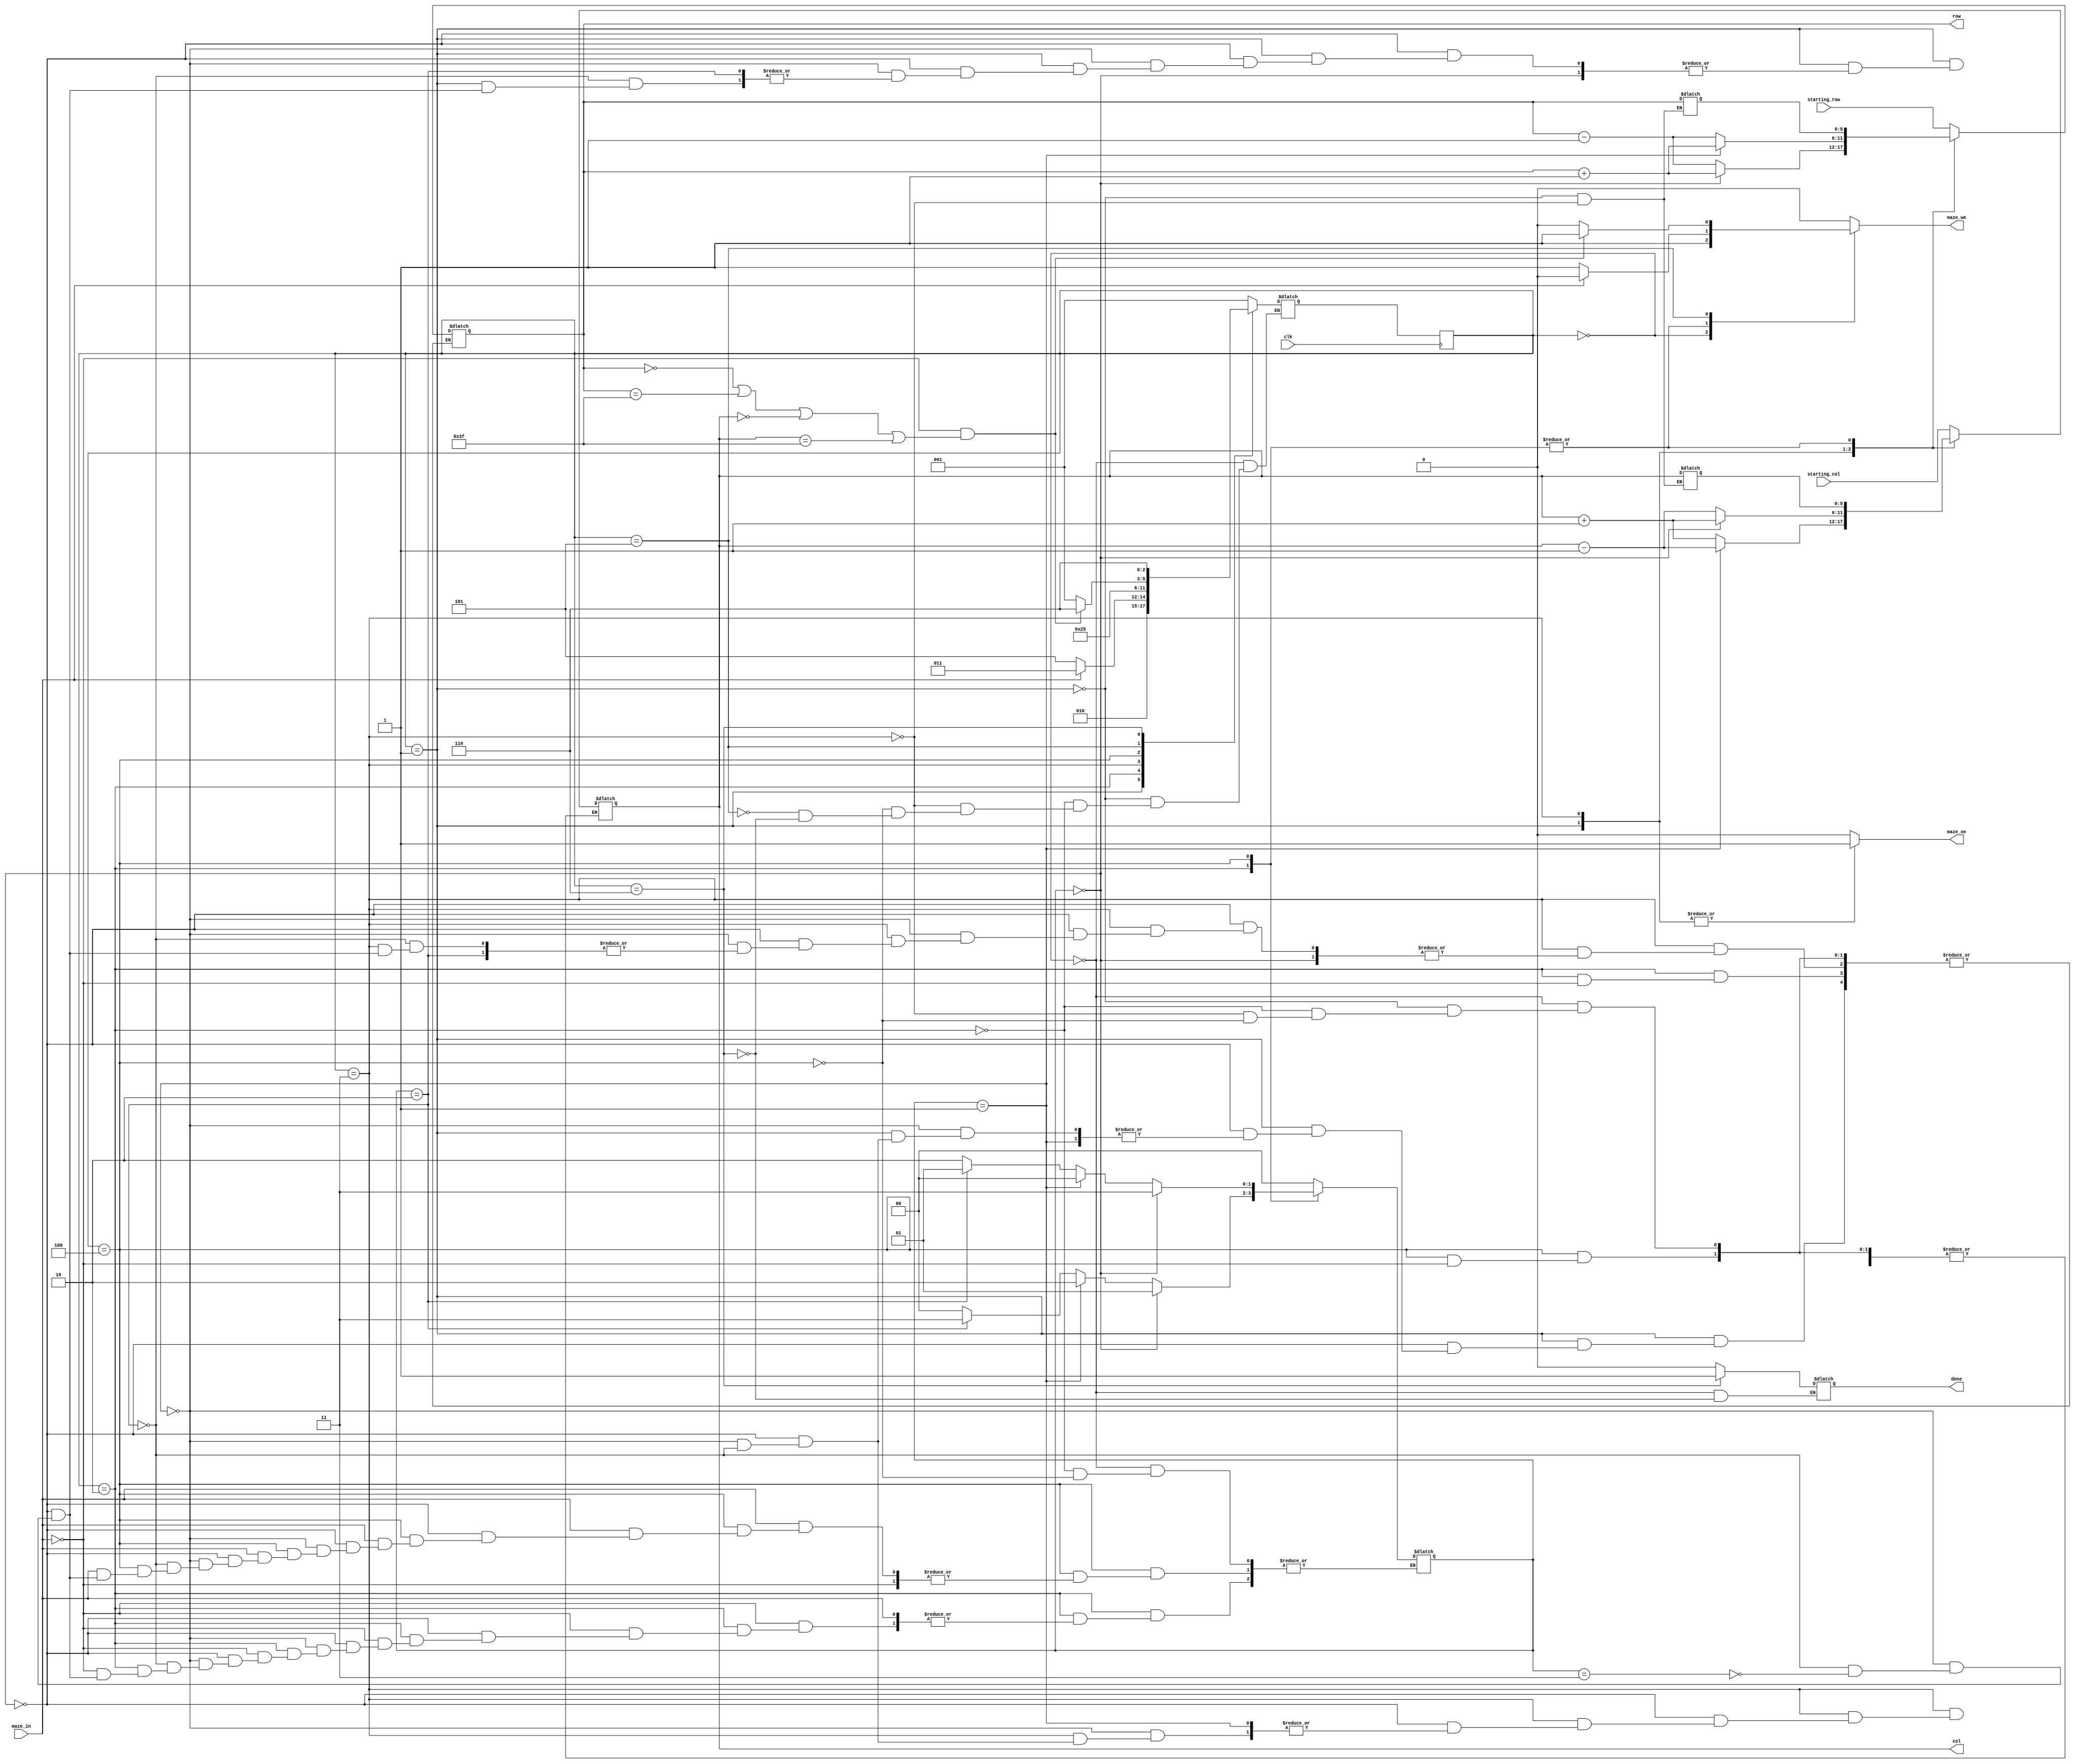
module maze(
input 		          clk,
input [maze_width - 1:0]  starting_col, starting_row, 	// indicii punctului de start
input  			  maze_in, 			// ofera informa?ii despre punctul de coordonate [row, col]
output [maze_width - 1:0] row, col,	 		// selecteaza un rnd si o coloana din labirint
output 			  maze_oe,			// output enable (activeaza citirea din labirint la rndul ?i coloana date) - semnal sincron	
output 			  maze_we, 			// write enable (activeaza scrierea n labirint la rndul ?i coloana date) - semnal sincron
output 			  done);		 	// ie?irea din labirint a fost gasita; semnalul ramane activ 

parameter maze_width = 6;
`define start 0
`define wall_check 1
`define wall 2
`define move_check 3
`define move 4
`define check 5
`define finish 6

reg [2 : 0] state, next_state = `start;
reg [5 : 0] previous_row, previous_col;

reg [1 : 0] direction;
`define right 0
`define down 1
`define left 2
`define up 3

always @(posedge clk) begin
	state <= next_state;
end

always @(*) begin
	maze_oe = 0;
	maze_we = 0;
	
	case(state)
		`start: begin //ma pozitionez la inceputul drumului
			row = starting_row;
			col = starting_col;
			done = 0;
			direction = `right;
			maze_we = 1;
			next_state = `wall_check;
		end
		
		`wall_check: begin //verific prezenta peretelui din partea dreapta - observ campul din dreapta mea
			previous_row = row;
			previous_col = col;
			
			if (direction == `right) begin
				row = row + 1;
			end else if (direction == `down) begin
				col = col - 1;
			end else if (direction == `left) begin
				row = row - 1;
			end else if (direction == `up) begin
				col = col + 1;
			end
			
			maze_oe = 1;
			next_state = `wall;
		end
		
		`wall: begin
			if (maze_in == 1) begin //daca exista peretele, verific daca ma pot deplasa de-a lungul sau
				row = previous_row;
				col = previous_col;
				next_state = `move_check;
			end
			
			else begin //daca nu exista peretele, schimb directia spre care ma uit
			maze_we = 1;
			
			if (direction == `right) begin
				direction = `down;
			end else if (direction == `down) begin
				direction = `left;
			end else if (direction == `left) begin
				direction = `up;
			end else if (direction == `up) begin
				direction = `right;
			end
				
			next_state = `check;
			end
		end
		
		`move_check: begin //verific daca pot avansa in labirint - observ campul din fata mea
			previous_row = row;
			previous_col = col;
			
			if (direction == `right) begin
				col = col + 1;
			end else if (direction == `down) begin
				row = row + 1;
			end else if (direction == `left) begin
				col = col - 1;
			end else if (direction == `up) begin
				row = row - 1;
			end
			
			maze_oe = 1;
			next_state = `move;
		end
		
		`move: begin
			if (maze_in != 1) begin //daca exista culoarul, marchez campul curent
				maze_we = 1;
			end
			
			else begin //daca nu exista culoarul, schimb directia spre care ma uit
				row = previous_row;
				col = previous_col;
				
				if (direction == `right) begin
					direction = `up;
				end else if (direction == `down) begin
					direction = `right;
				end else if (direction == `left) begin
					direction = `down;
				end else if (direction == `up) begin
					direction = `left;
				end
				
			end
			
			next_state = `check;
		end
		
		`check: begin //verific daca am ajuns la iesirea din labirint
			if (maze_in == 0 && (row == 0 || row == 63 || col == 0 || col == 63)) begin
				maze_we = 1;
				next_state = `finish;
			end
			
			else begin
				next_state = `wall_check;
			end
			
		end
		
		`finish: begin //semnalez ca am iesit din labirint
			done = 1;
			next_state = `finish;
		end
		
	endcase
	
end

endmodule